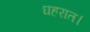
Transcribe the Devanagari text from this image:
घहरात।